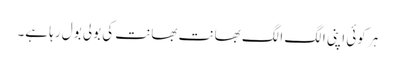
ہر کوئی اپنی الگ الگ بھانت بھانت کی بولی بول رہا ہے۔